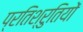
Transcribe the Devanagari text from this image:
प्रतिश्रुतियों